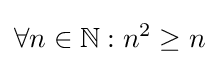
\forall n\in \mathbb {N} :n^{2}\geq n